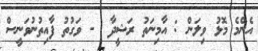
އެންމެ މޮޅު ވިލަން : އާމިނަތު ރަޝީދާ  - ވަގުތު ފާއިތުނުވަނީސް